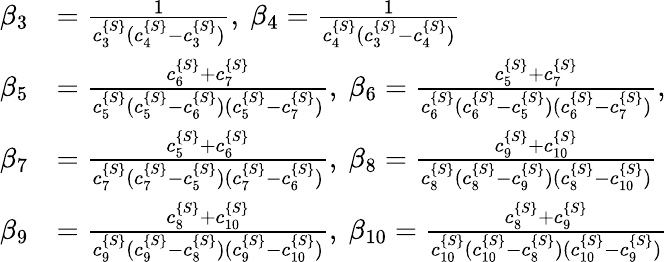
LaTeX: \begin{array}{rl}{\beta_{3}}&{=\frac{1}{c_{3}^{\{ S\} }(c_{4}^{\{ S\} }-c_{3}^{\{ S\} })},\ \beta_{4}=\frac{1}{c_{4}^{\{ S\} }(c_{3}^{\{ S\} }-c_{4}^{\{ S\} })}}\\ {\beta_{5}}&{=\frac{c_{6}^{\{ S\} }+c_{7}^{\{ S\} }}{c_{5}^{\{ S\} }(c_{5}^{\{ S\} }-c_{6}^{\{ S\} })(c_{5}^{\{ S\} }-c_{7}^{\{ S\} })},\ \beta_{6}=\frac{c_{5}^{\{ S\} }+c_{7}^{\{ S\} }}{c_{6}^{\{ S\} }(c_{6}^{\{ S\} }-c_{5}^{\{ S\} })(c_{6}^{\{ S\} }-c_{7}^{\{ S\} })},}\\ {\beta_{7}}&{=\frac{c_{5}^{\{ S\} }+c_{6}^{\{ S\} }}{c_{7}^{\{ S\} }(c_{7}^{\{ S\} }-c_{5}^{\{ S\} })(c_{7}^{\{ S\} }-c_{6}^{\{ S\} })},\ \beta_{8}=\frac{c_{9}^{\{ S\} }+c_{10}^{\{ S\} }}{c_{8}^{\{ S\} }(c_{8}^{\{ S\} }-c_{9}^{\{ S\} })(c_{8}^{\{ S\} }-c_{10}^{\{ S\} })}}\\ {\beta_{9}}&{=\frac{c_{8}^{\{ S\} }+c_{10}^{\{ S\} }}{c_{9}^{\{ S\} }(c_{9}^{\{ S\} }-c_{8}^{\{ S\} })(c_{9}^{\{ S\} }-c_{10}^{\{ S\} })},\ \beta_{10}=\frac{c_{8}^{\{ S\} }+c_{9}^{\{ S\} }}{c_{10}^{\{ S\} }(c_{10}^{\{ S\} }-c_{8}^{\{ S\} })(c_{10}^{\{ S\} }-c_{9}^{\{ S\} })}}\end{array}